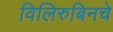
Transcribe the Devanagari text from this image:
विलिरुबिनचे